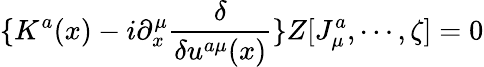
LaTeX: \{ K^{a}(x)-i\partial_{x}^{\mu}\frac\delta{\delta u^{a\mu}(x)}\} Z[J_{\mu}^{a},\cdots,\zeta]=0